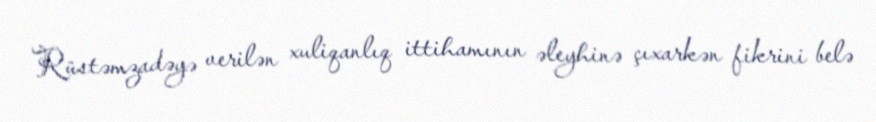
Rüstəmzadəyə verilən xuliqanlıq ittihamının əleyhinə çıxarkən fikrini belə